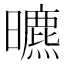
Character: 𣋳